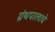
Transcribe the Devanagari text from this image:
ग्रंथपालाचे